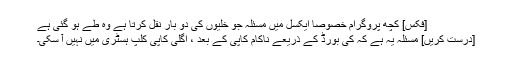
[فکس] کچھ پروگرام خصوصا ایکسل میں مسئلہ جو خلیوں کی دو بار نقل کرتا ہے وہ طے ہو گئی ہے
[درست کریں] مسئلہ یہ ہے کہ کی بورڈ کے ذریعے ناکام کاپی کے بعد ، اگلی کاپی کلپ ہسٹری میں نہیں آ سکی۔